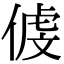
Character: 𠋵